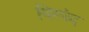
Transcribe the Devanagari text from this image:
विस्पंद